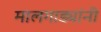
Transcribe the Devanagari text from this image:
मालगाड्यांनी